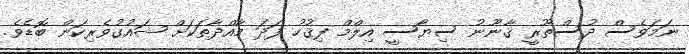
ނަމަވެސް ދުސްތޫރީ ޤާނޫނު ސިޔާސީ އިލްމް ފިޤުހު ފަދަ މާއްދާތަކަށް ޝައުގުވެރިކަން ބޮޑެވެ.